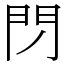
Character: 閁